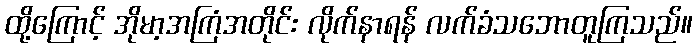
ထို့ကြောင့် အိုမာ့အကြံအတိုင်း လိုက်နာရန် လက်ခံသဘောတူကြသည်။